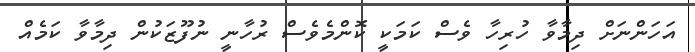
އަހަންނަށް ދިމާވާ ހުރިހާ ވެސް ކަމަކީ ކޮންމެވެސް ރުހާނީ ނުފޫޒަކުން ދިމާވާ ކަމެއް